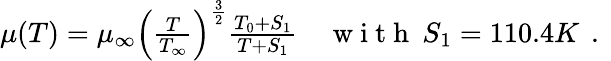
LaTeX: \begin{array}{rl}{\mu(T)=\mu_{\infty}\left(\frac{T}{T_{\infty}}\right)^{\frac{3}{2}}\frac{T_{0}+S_{1}}{T+S_{1}}}&{{}\mathrm{~w~i~t~h~}\: S_{1}=110.4K\, \mathrm{~.~}}\end{array}